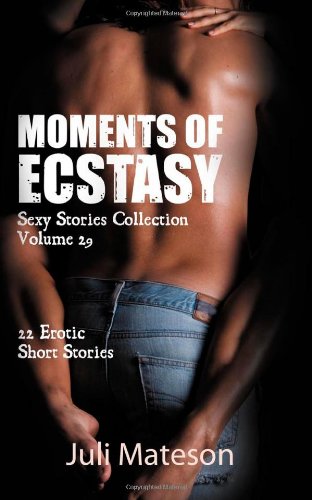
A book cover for Moments of Ecstasy: 22 Erotic Short Stories (Sexy Stories Collection) (Volume 29); Juli Mateson; Romance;